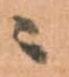
ニ